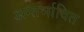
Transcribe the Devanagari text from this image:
अन्तर्भावित